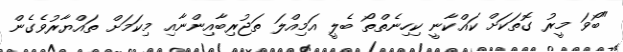
"ބޯވަ މީރު ގޮތަކަށް ކައްކާނީ ކިހިނެތްތޯ ބެލީ އަމިއްލަ ތަޖުރިބާއިންނާއި މިކަމަށް ތައްޔާރުވެގެން